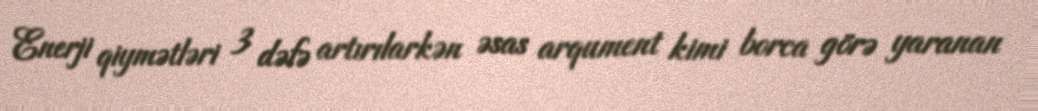
Enerji qiymətləri 3 dəfə artırılarkən əsas arqument kimi borca görə yaranan